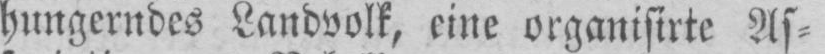
hungerndes Landvolk, eine organisirte As⸗